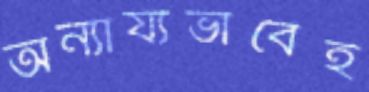
অন্যায্যভাবেই